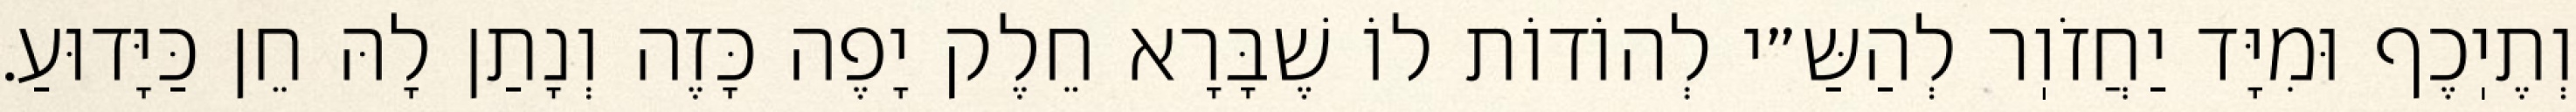
וְתֶיֽכֶף וּמִיָּד יַחֲזֹוֽר לְהַשַּ״י לְהוֹדוֹת לוֹ שֶׁבָּרָא חֵלֶק יָפֶה כָּזֶה וְנָתַן לָהּ חֵן כַּיָּדוּעַ.